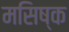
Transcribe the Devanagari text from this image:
मसिष्क